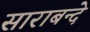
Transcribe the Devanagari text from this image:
साराबन्दे